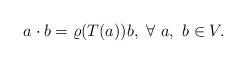
LaTeX: \begin{align*}a\cdot b= \varrho(T(a))b, \ \forall\ a, \ b \in V.\end{align*}